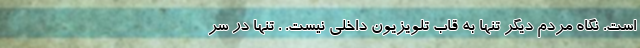
است. نگاه مردم دیگر تنها به قاب تلویزیون داخلی نیست. . تنها در سر